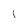
Character: l